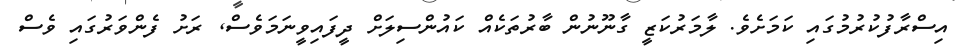
އިސްރާފުކުރުމުގައި ކަމަށެވެ. ލާމަރުކަޒީ ގާނޫނުން ބާރުތަކެއް ކައުންސިލަށް ދީފައިވީނަމަވެސް